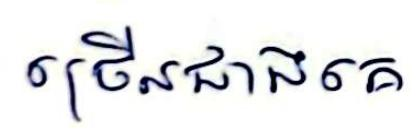
ច្រើនជាងគេ